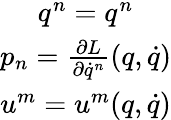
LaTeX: \begin{array}{c}{q^{n}=q^{n}}\\ {p_{n}=\frac{\partial L}{\partial\dot{q}^{n}}(q,\dot{q})}\\ {u^{m}=u^{m}(q,\dot{q})}\end{array}